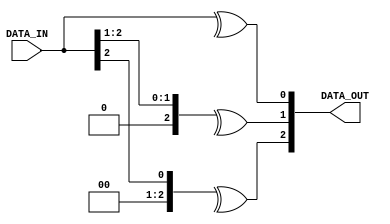
module G2B #(
	parameter DATA_LENGTH = 3
)
(
	input  wire [DATA_LENGTH-1:0] DATA_IN,
	output reg  [DATA_LENGTH-1:0] DATA_OUT 
);

integer i;

always @(*) begin
	for (i = 0;i < DATA_LENGTH;i = i + 1) begin
		DATA_OUT[i] = ^(DATA_IN >> i);
	end
end

endmodule